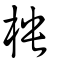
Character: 柍